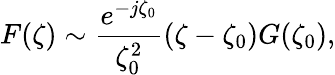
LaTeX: F(\zeta)\sim\frac{e^{-j\zeta_{0}}}{\zeta_{0}^{2}}(\zeta-\zeta_{0})G(\zeta_{0}),